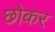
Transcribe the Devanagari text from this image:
छोकर